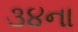
૩૪ના